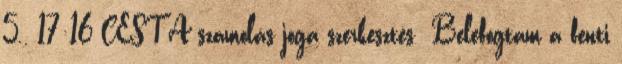
5., 17:16 CEST A számolás joga szerkesztés Belefogtam a fenti